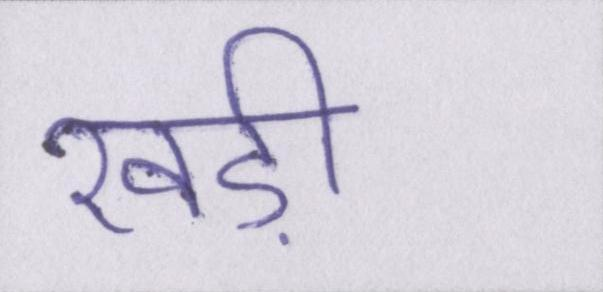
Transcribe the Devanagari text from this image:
खड़ी